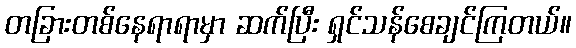
တခြားတစ်နေရာရာမှာ ဆက်ပြီး ရှင်သန်စေချင်ကြတယ်။